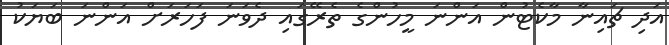
އަދި ޗައިނާ މާކެޓުން އަންނަ މީހުންގެ ތެރޭގައި ދެވަނަ ފަހަރަށް އަންނަ ބަޔަކު